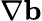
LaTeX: \nabla{\mathbf b}